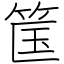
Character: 筺